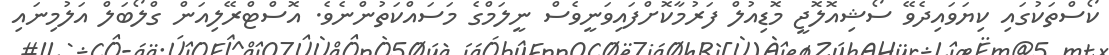
ކޯސްތަކުގައި ކިޔަވައިދެވޭ ސޯޝިއޮލޮޖީ މޮޑިއުލް ފަރުމާކޮށްފައިވަނީވެސް ނީލަމްގެ މަސައްކަތުންނެވެ. އޮސްޓްރޭލިއަން ގްލޯބަލް އަލުމިނައި